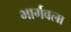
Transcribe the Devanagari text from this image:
भार्गवला